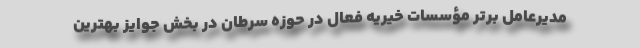
مدیرعامل برتر مؤسسات خیریه فعال در حوزه سرطان در بخش جوایز بهترین